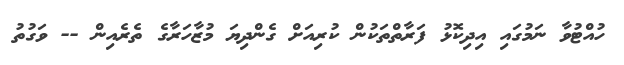
ހުއްޓުވާ ނަމުގައި އިދިކޮޅު ފަރާތްތަކުން ކުރިއަށް ގެންދިޔަ މުޒާހަރާގެ ތެރެއިން -- ވަގުތު